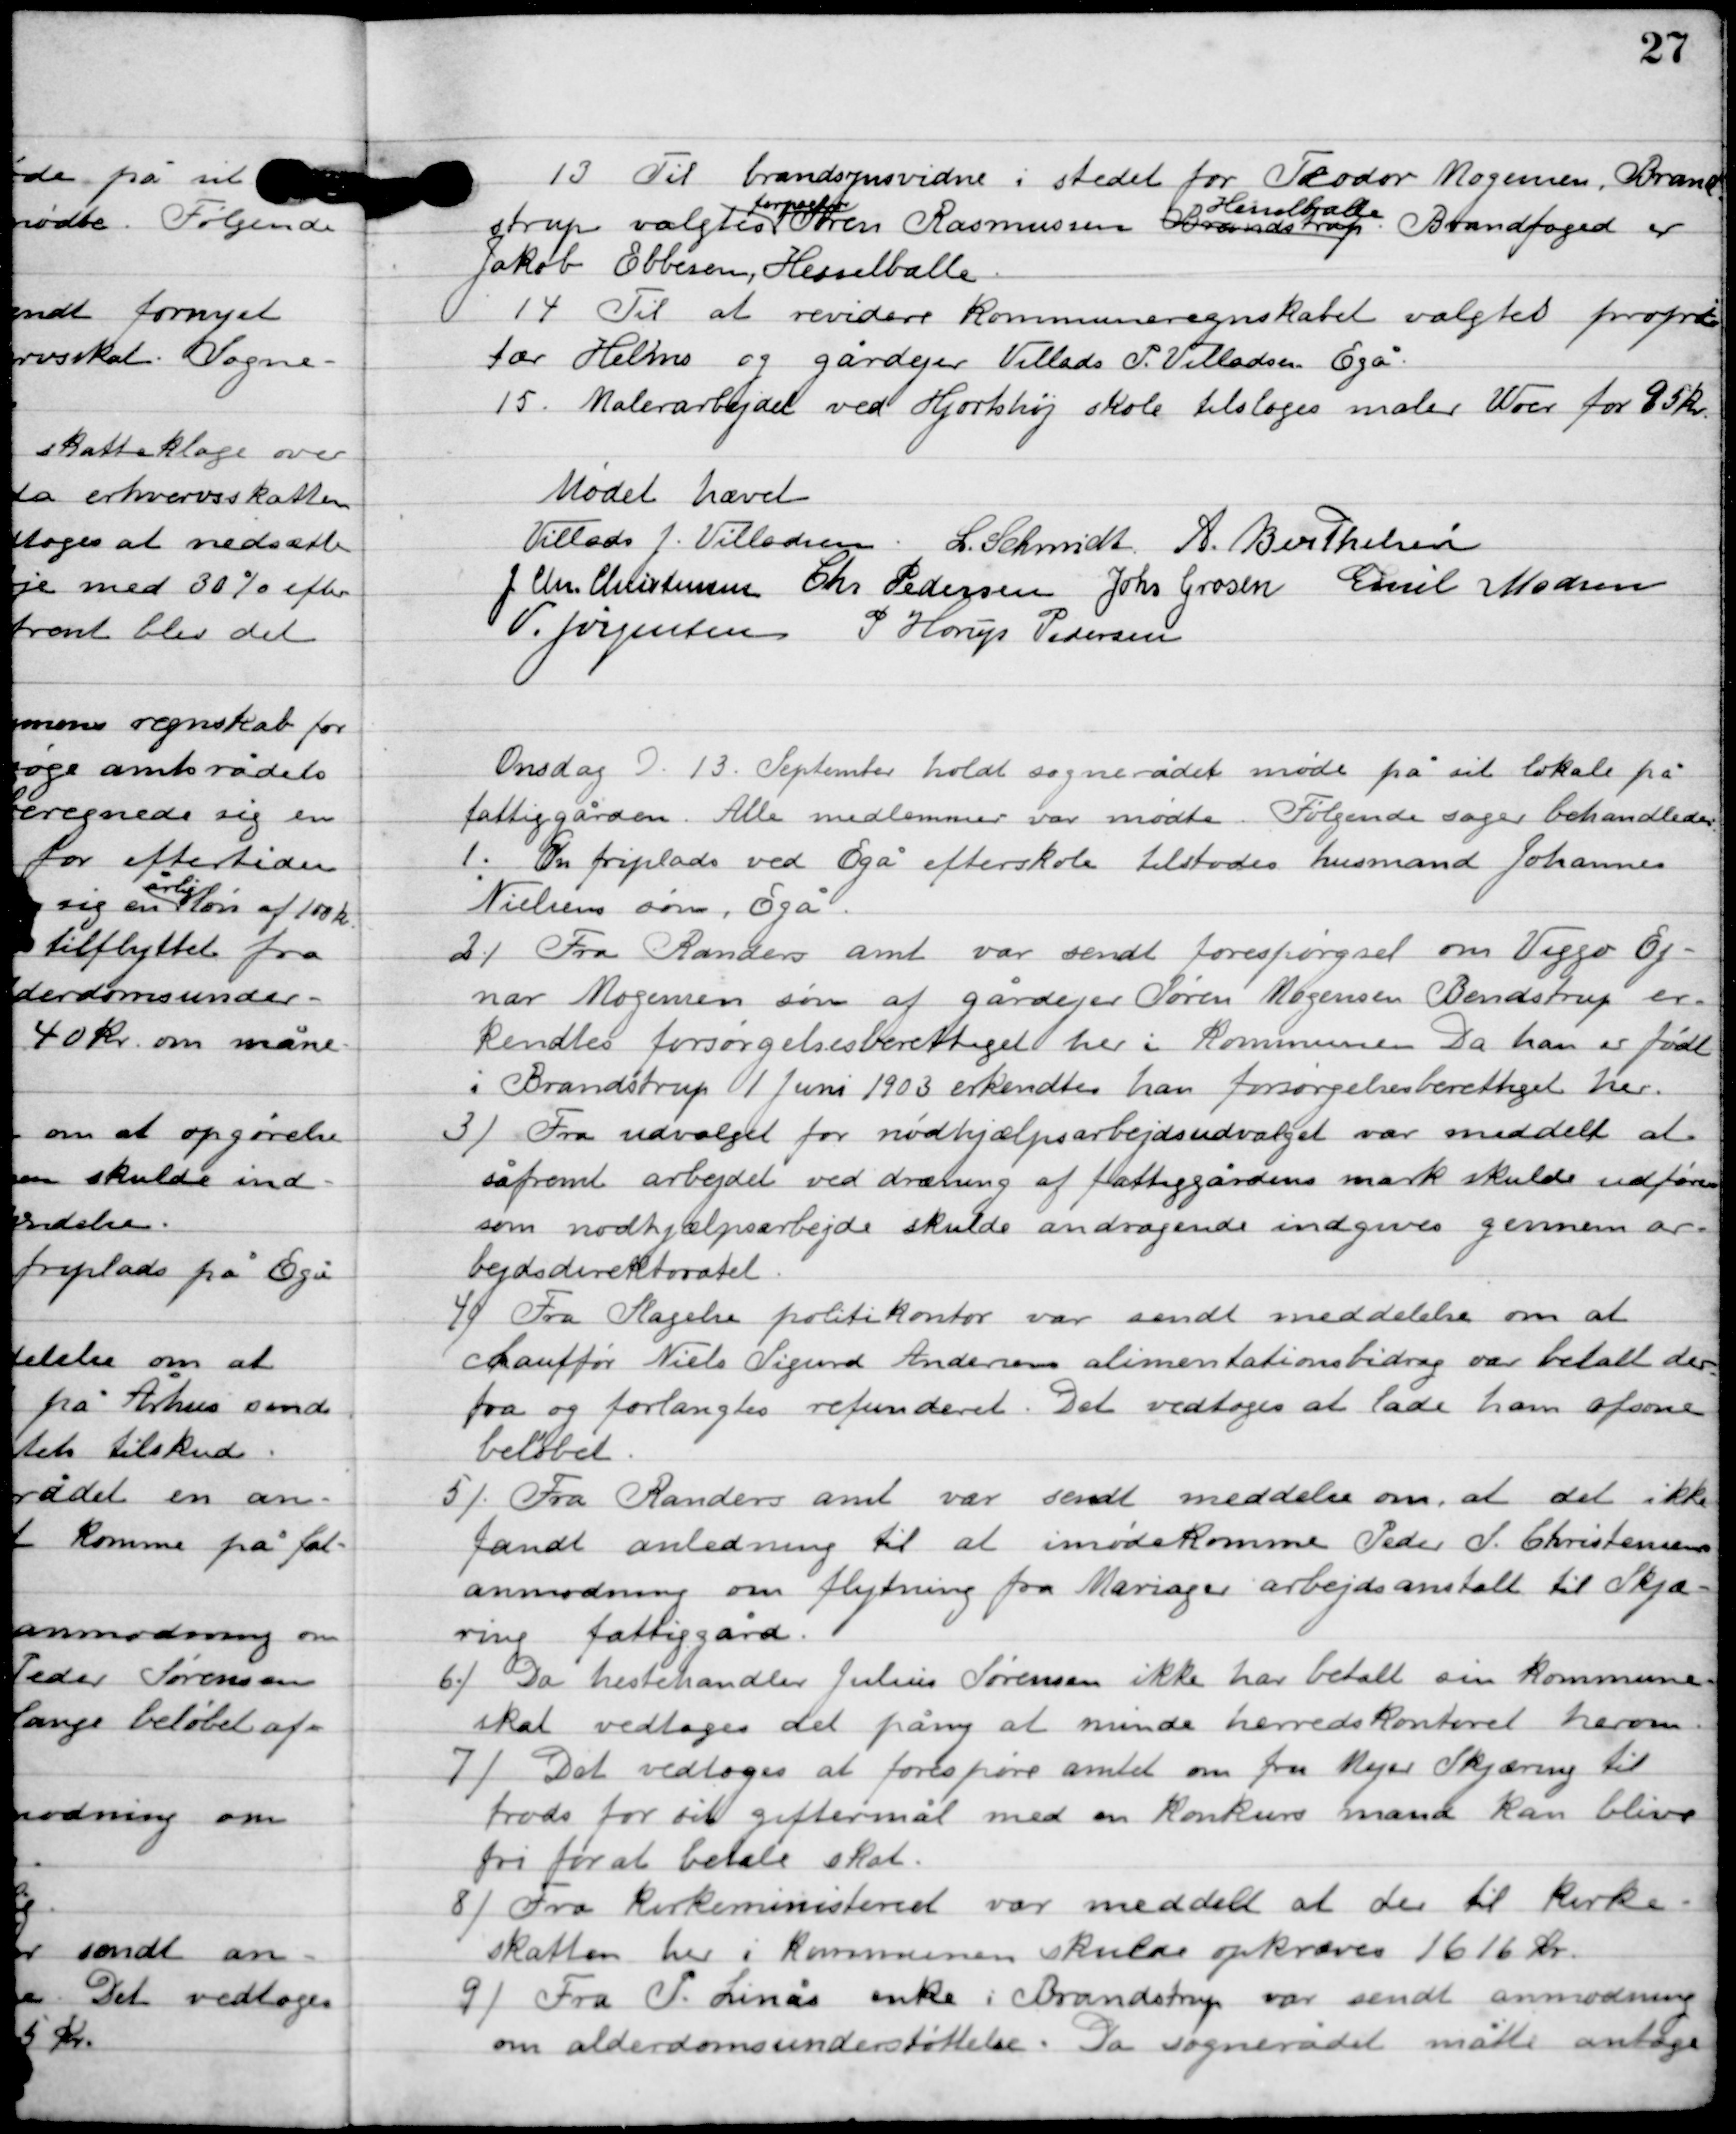
Transskription:
13

Til brandsynsvidne i stedet for Teodor Mogensen. Brand-
strup valgtes
forpagter
Søren Rasmussen Brandstrup
Hesselballe.
 Brandfoged er
Jakob Ebbesen, Hesselballe.

14

Til at revidere kommuneregnskabet valgtes proprier-
tær Helms og gårdejer Villads P. Villadsen Egå.

15

Malerarbejdet ved Hjortshøj skole tillodes maler Woer for 95 kr.

Mødet hævet

Villads J. Villadsen
L. Schmidt
A. Berthelsen
I. Chr. Christensen
Chr. Pedersen
Johs. Grosen
Emil Madsen
V. Jørgensen
P. Horup Pedersen

Onsdag D. 13. August holdt sognerådet møde på sit lokale på
fattiggården. Alle medlemmer var mødte. Følgende sager behandledes.

1

En friplads ved Egå efterskole tilstodes husmand Johannes
Nielsens søn, Egå.

2

Fra Randers amt var sendt forespørgsel om Viggo Ej-
nar Mogensens søn af gårdejer Søren Mogensen Brandstrup er-
kendtes forsørgelsesberettiget her i Kommunen. Da han er født
i Brandstrup 1 juni 1903 erkendtes han forsørgelsesberettiget her.

3

Fra udvalget for nødhjælpsarbejdsudvalget var meddelt at
såfremt arbejdet ved dræning af fattiggårdens mark skulde udføres
som nødhjælpsarbejde skulde andragende indgives gennem ar-
bejds direktoratet.

4

Fra Slagelse politikontor var sendt meddelelse om at
chauffør Niels Sigurd Andersens alimentationsbidrag var betalt der
fra og forlangtes refunderet. Det vedtoges at lade han afsone
beløbet.

5

Fra Randers amt var sendt meddelelse om at det ikke
fandt anledning til at imødekomme Peder S. Christensens
anmodning om flytning fra Mariager arbejdsanstalt til Skjæ-
ring fattiggård.

6

Da hestehandler Julius Sørensen ikke har betalt sin kommune-
skat vedtoges det påny at minde herredskontoret herom.

7

Det vedtoges at forespørge amtet om fru Mejer Skæring til 
trods for sit giftemål med en konkurs mand kan blive 
fri for at betale skat.

8

Fra Kirkeministeriet var meddelt at der til kirke-
skatten her i kommunen skulde opkræves 1616 kr.

9

Fra P. Linås enke i Brandstrup var sendt anmodning
om alderdomsunderstøttelse. Da sognerådet måtte antage